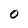
Character: 0